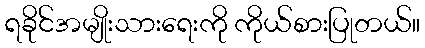
ရခိုင်အမျိုးသားရေးကို ကိုယ်စားပြုတယ်။